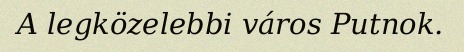
A legközelebbi város Putnok.